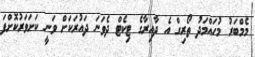
މެމްބަރު މުހައްމަދު ތޯރިގް އެ ދާއިރާގެ ޓިކެޓް ދެވަނަ ދައުރަކަށް ވަނީ ކަށަވަރުކޮށްފަ